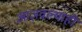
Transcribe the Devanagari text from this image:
आज्ञवल्याही